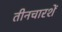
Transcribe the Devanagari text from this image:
तीनचारशें